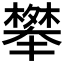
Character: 𭬑